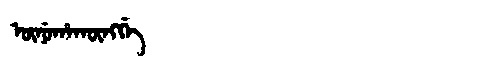
Manchu: ᡡᠨᡠᡥᠠᡴᡡᠩᡤᡝ
Romanization: ŪNUHAKŪNGGE